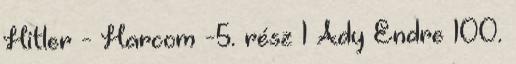
Hitler - Harcom -5. rész 1 Ady Endre 100.